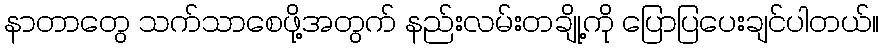
နာတာတွေ သက်သာစေဖို့အတွက် နည်းလမ်းတချို့ကို ပြောပြပေးချင်ပါတယ်။